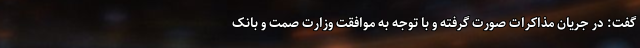
گفت: در جریان مذاکرات صورت گرفته و با توجه به موافقت وزارت صمت و بانک